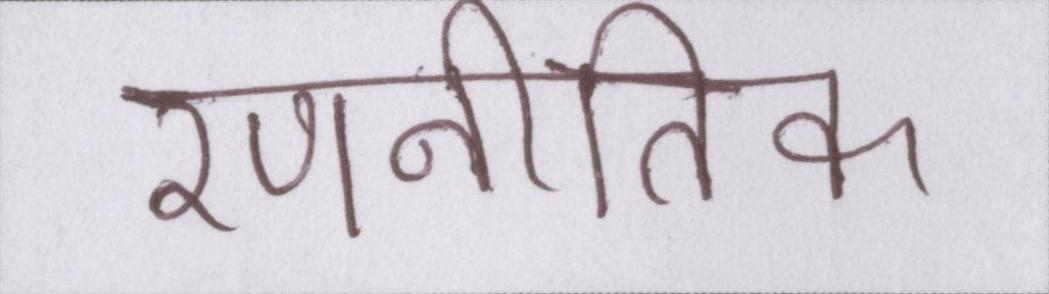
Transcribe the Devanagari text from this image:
रणनीतिक